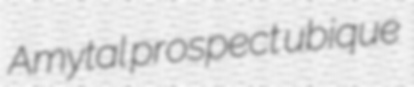
Amytal prospect ubique